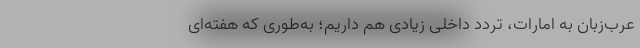
عرب‌زبان به امارات، تردد داخلی زیادی هم داریم؛ به‌طوری که هفته‌ای